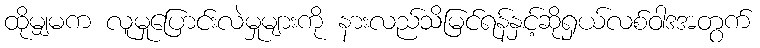
ထိုမျှမက လူမှုပြောင်းလဲမှုများကို နားလည်သိမြင်ရန်နှင့်ဆိုရှယ်လစ်ဝါဒအတွက်